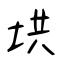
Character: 垬